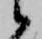
候